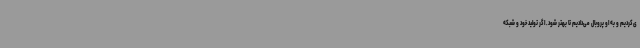
ی‌کردیم و به او پروبال می‌دادیم تا بهتر شود. اگر تولید خود و شبکه